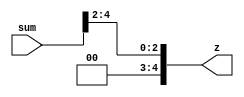
module shift_righ_1202212 #(parameter n=4)  (sum,z);
input [n:0]sum; 
output [n:0]z;
reg signed z;


always @ (*)
begin 
z=sum>>2; 
end
endmodule